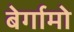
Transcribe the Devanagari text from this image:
बेर्गामो